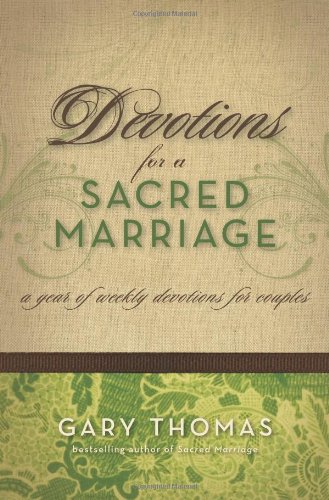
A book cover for Devotions for a Sacred Marriage: A Year of Weekly Devotions for Couples; Gary L. Thomas; Parenting & Relationships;